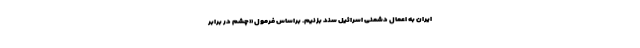
ایران به اعمال دشمنی اسرائیل سند بزنیم. براساس فرمول «چشم در برابر